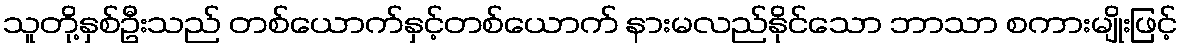
သူတို့နှစ်ဦးသည် တစ်ယောက်နှင့်တစ်ယောက် နားမလည်နိုင်သော ဘာသာ စကားမျိုးဖြင့်